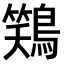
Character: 𫛎